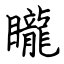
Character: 矓